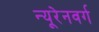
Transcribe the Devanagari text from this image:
न्यूरेनवर्ग